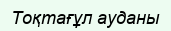
Тоқтағұл ауданы